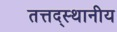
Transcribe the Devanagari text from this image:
तत्तद्स्थानीय